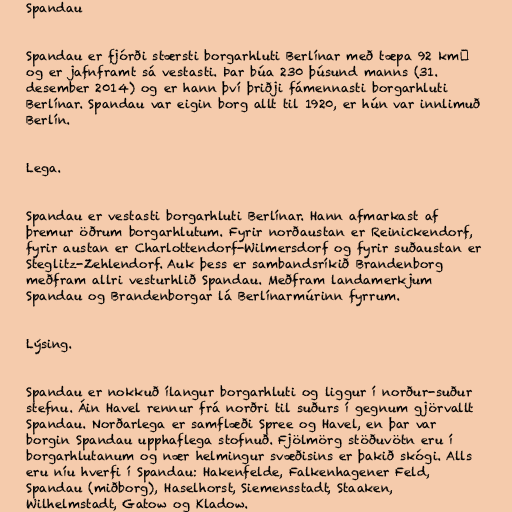
Spandau

Spandau er fjórði stærsti borgarhluti Berlínar með tæpa 92 km²
og er jafnframt sá vestasti. Þar búa 230 þúsund manns (31.
desember 2014) og er hann því þriðji fámennasti borgarhluti
Berlínar. Spandau var eigin borg allt til 1920, er hún var innlimuð
Berlín.

Lega.

Spandau er vestasti borgarhluti Berlínar. Hann afmarkast af
þremur öðrum borgarhlutum. Fyrir norðaustan er Reinickendorf,
fyrir austan er Charlottendorf-Wilmersdorf og fyrir suðaustan er
Steglitz-Zehlendorf. Auk þess er sambandsríkið Brandenborg
meðfram allri vesturhlið Spandau. Meðfram landamerkjum
Spandau og Brandenborgar lá Berlínarmúrinn fyrrum.

Lýsing.

Spandau er nokkuð ílangur borgarhluti og liggur í norður-suður
stefnu. Áin Havel rennur frá norðri til suðurs í gegnum gjörvallt
Spandau. Norðarlega er samflæði Spree og Havel, en þar var
borgin Spandau upphaflega stofnuð. Fjölmörg stöðuvötn eru í
borgarhlutanum og nær helmingur svæðisins er þakið skógi. Alls
eru níu hverfi í Spandau: Hakenfelde, Falkenhagener Feld,
Spandau (miðborg), Haselhorst, Siemensstadt, Staaken,
Wilhelmstadt, Gatow og Kladow.